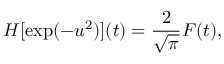
H [ \exp ( - u ^ { 2 } ) ] ( t ) = \frac { 2 } { \sqrt { \pi } } F ( t ) ,